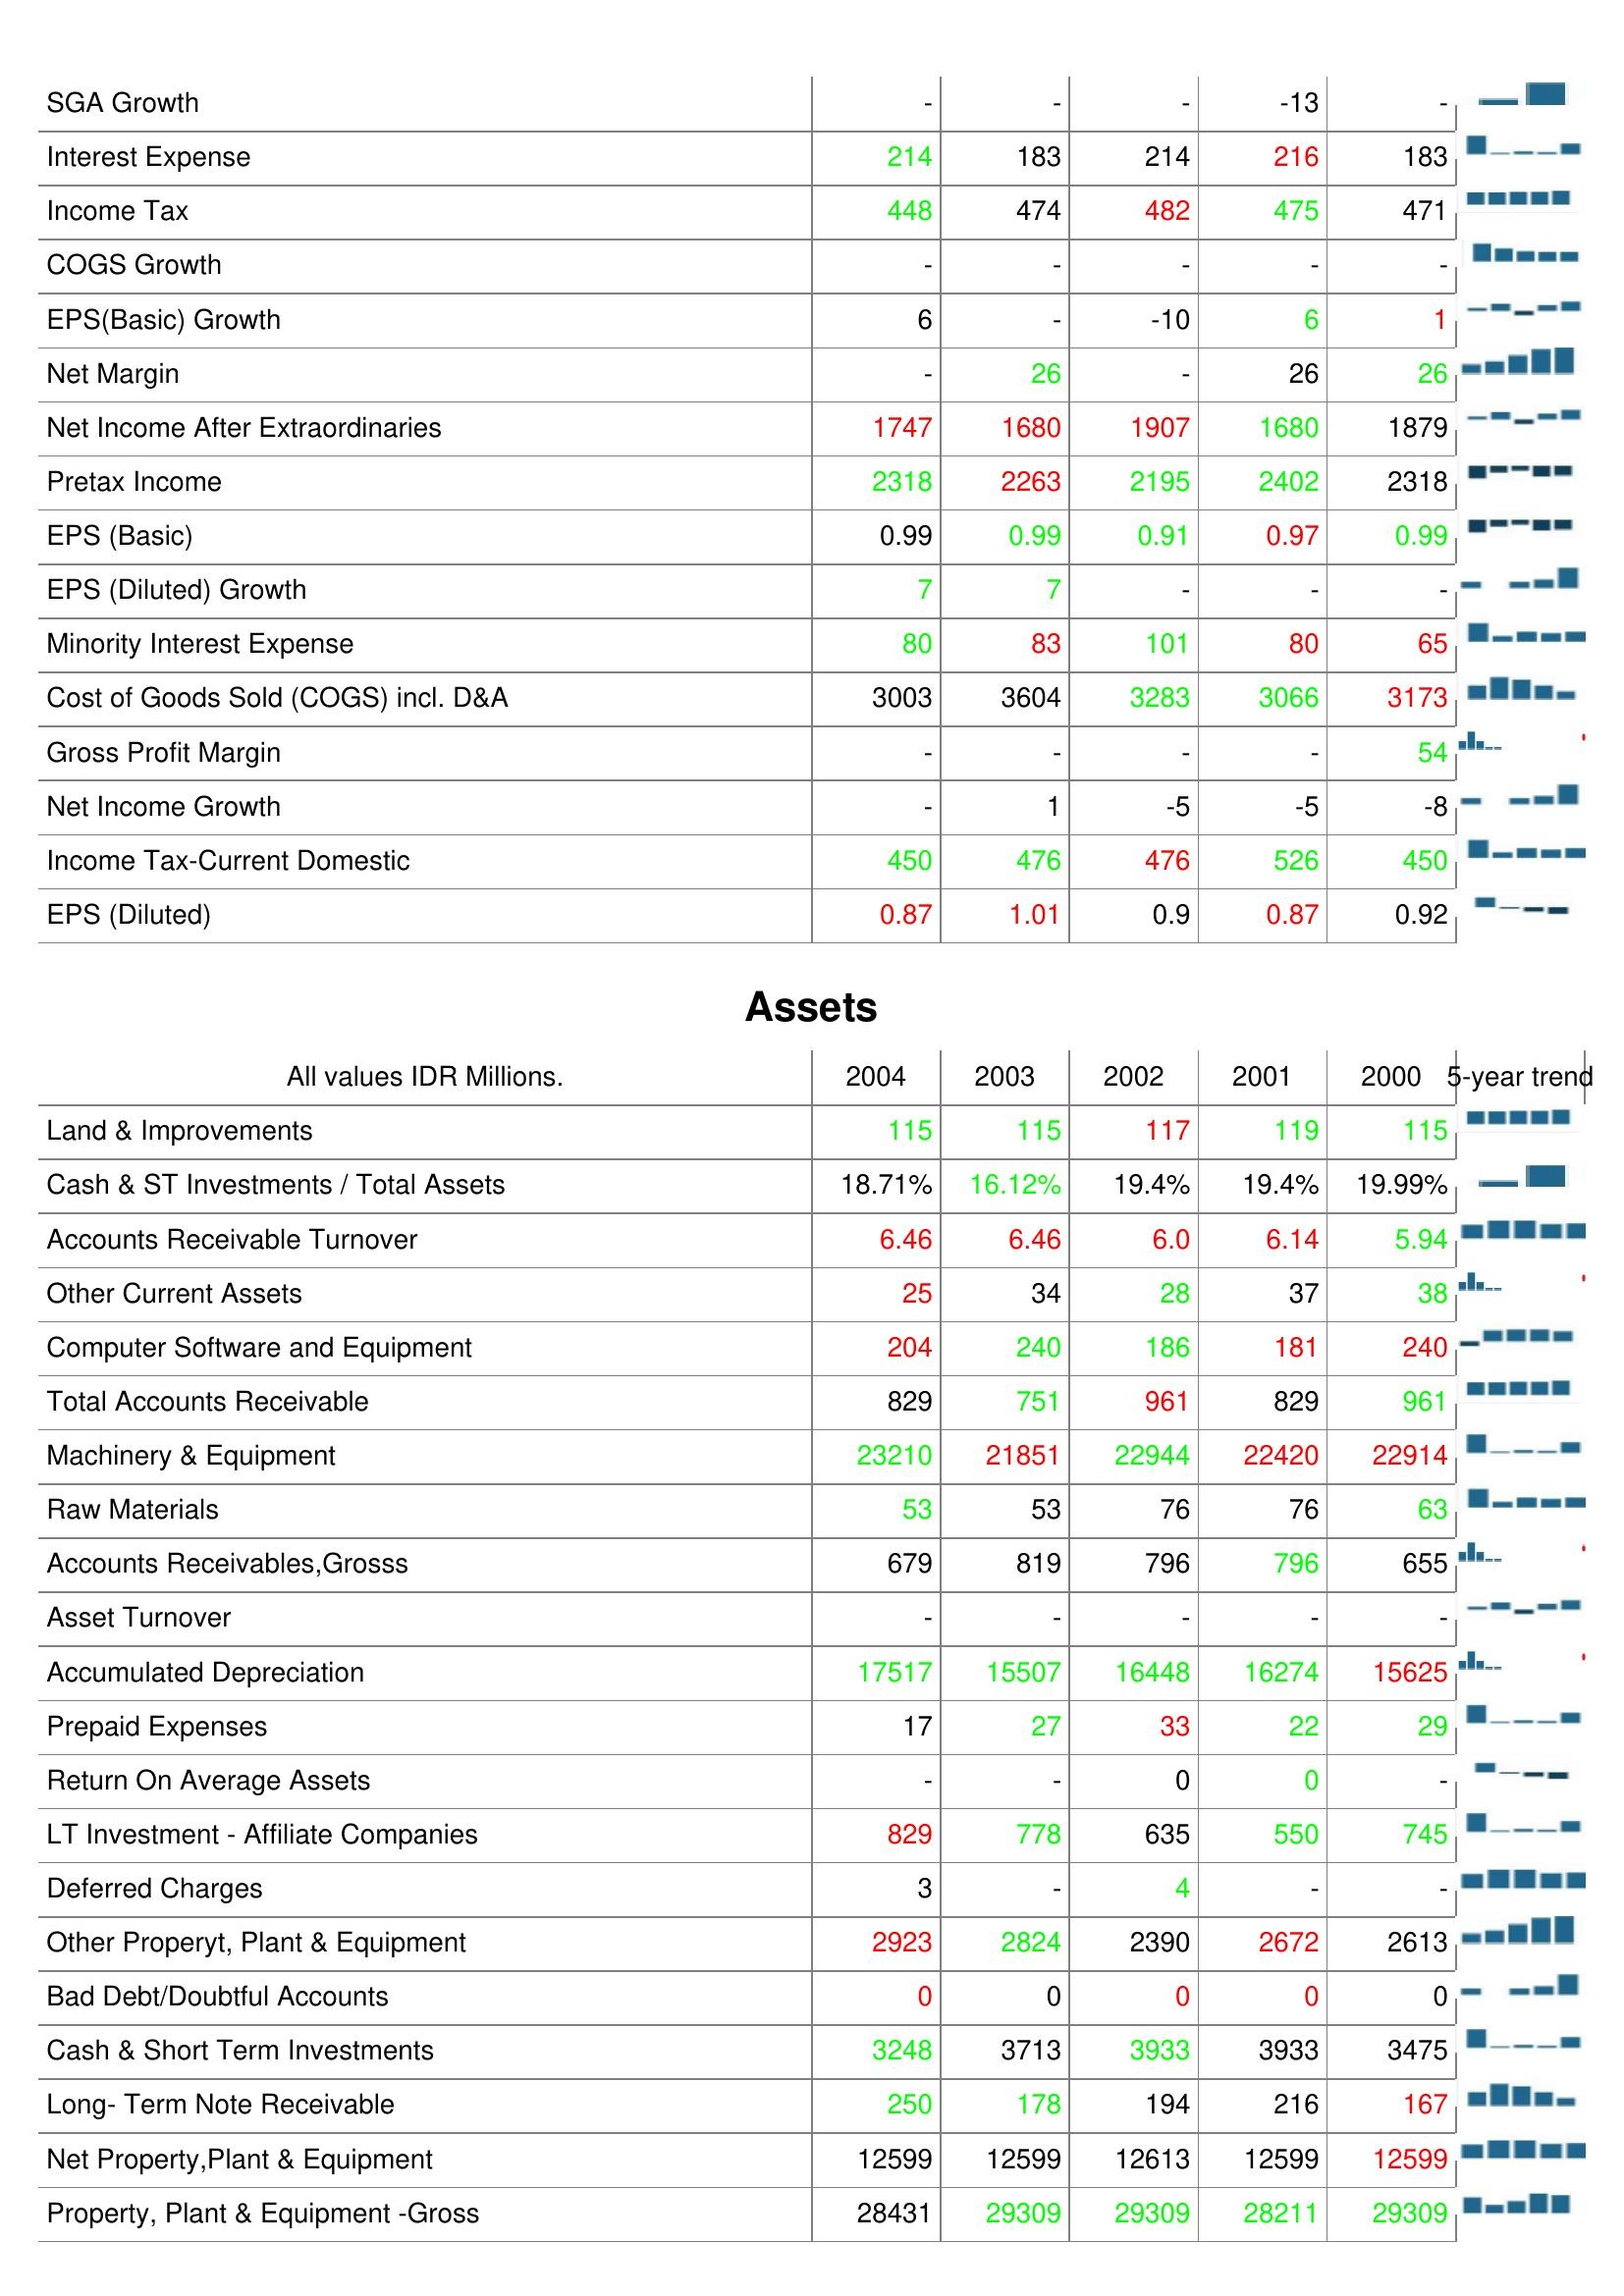
2004: : SGA Growth: -
Interest Expense: 214
Income Tax: 448
COGS Growth: -
EPS(Basic) Growth: 6
Net Margin: -
Net Income After Extraordinaries: 1747
Pretax Income: 2318
EPS (Basic): 0.99
EPS (Diluted) Growth: 7
Minority Interest Expense: 80
Cost of Goods Sold (COGS) incl. D&A: 3003
Gross Profit Margin: -
Net Income Growth: -
Income Tax-Current Domestic: 450
EPS (Diluted): 0.87
Assets: Land & Improvements: 115
Cash & ST Investments / Total Assets: 18.71%
Accounts Receivable Turnover: 6.46
Other Current Assets: 25
Computer Software and Equipment: 204
Total Accounts Receivable: 829
Machinery & Equipment: 23210
Raw Materials: 53
Accounts Receivables,Grosss: 679
Asset Turnover: -
Accumulated Depreciation: 17517
Prepaid Expenses: 17
Return On Average Assets: -
LT Investment - Affiliate Companies: 829
Deferred Charges: 3
Other Properyt, Plant & Equipment: 2923
Bad Debt/Doubtful Accounts: 0
Cash & Short Term Investments: 3248
Long- Term Note Receivable: 250
Net Property,Plant & Equipment: 12599
Property, Plant & Equipment -Gross: 28431
2003: : SGA Growth: -
Interest Expense: 183
Income Tax: 474
COGS Growth: -
EPS(Basic) Growth: -
Net Margin: 26
Net Income After Extraordinaries: 1680
Pretax Income: 2263
EPS (Basic): 0.99
EPS (Diluted) Growth: 7
Minority Interest Expense: 83
Cost of Goods Sold (COGS) incl. D&A: 3604
Gross Profit Margin: -
Net Income Growth: 1
Income Tax-Current Domestic: 476
EPS (Diluted): 1.01
Assets: Land & Improvements: 115
Cash & ST Investments / Total Assets: 16.12%
Accounts Receivable Turnover: 6.46
Other Current Assets: 34
Computer Software and Equipment: 240
Total Accounts Receivable: 751
Machinery & Equipment: 21851
Raw Materials: 53
Accounts Receivables,Grosss: 819
Asset Turnover: -
Accumulated Depreciation: 15507
Prepaid Expenses: 27
Return On Average Assets: -
LT Investment - Affiliate Companies: 778
Deferred Charges: -
Other Properyt, Plant & Equipment: 2824
Bad Debt/Doubtful Accounts: 0
Cash & Short Term Investments: 3713
Long- Term Note Receivable: 178
Net Property,Plant & Equipment: 12599
Property, Plant & Equipment -Gross: 29309
2002: : SGA Growth: -
Interest Expense: 214
Income Tax: 482
COGS Growth: -
EPS(Basic) Growth: -10
Net Margin: -
Net Income After Extraordinaries: 1907
Pretax Income: 2195
EPS (Basic): 0.91
EPS (Diluted) Growth: -
Minority Interest Expense: 101
Cost of Goods Sold (COGS) incl. D&A: 3283
Gross Profit Margin: -
Net Income Growth: -5
Income Tax-Current Domestic: 476
EPS (Diluted): 0.9
Assets: Land & Improvements: 117
Cash & ST Investments / Total Assets: 19.4%
Accounts Receivable Turnover: 6.0
Other Current Assets: 28
Computer Software and Equipment: 186
Total Accounts Receivable: 961
Machinery & Equipment: 22944
Raw Materials: 76
Accounts Receivables,Grosss: 796
Asset Turnover: -
Accumulated Depreciation: 16448
Prepaid Expenses: 33
Return On Average Assets: 0
LT Investment - Affiliate Companies: 635
Deferred Charges: 4
Other Properyt, Plant & Equipment: 2390
Bad Debt/Doubtful Accounts: 0
Cash & Short Term Investments: 3933
Long- Term Note Receivable: 194
Net Property,Plant & Equipment: 12613
Property, Plant & Equipment -Gross: 29309
2001: : SGA Growth: -13
Interest Expense: 216
Income Tax: 475
COGS Growth: -
EPS(Basic) Growth: 6
Net Margin: 26
Net Income After Extraordinaries: 1680
Pretax Income: 2402
EPS (Basic): 0.97
EPS (Diluted) Growth: -
Minority Interest Expense: 80
Cost of Goods Sold (COGS) incl. D&A: 3066
Gross Profit Margin: -
Net Income Growth: -5
Income Tax-Current Domestic: 526
EPS (Diluted): 0.87
Assets: Land & Improvements: 119
Cash & ST Investments / Total Assets: 19.4%
Accounts Receivable Turnover: 6.14
Other Current Assets: 37
Computer Software and Equipment: 181
Total Accounts Receivable: 829
Machinery & Equipment: 22420
Raw Materials: 76
Accounts Receivables,Grosss: 796
Asset Turnover: -
Accumulated Depreciation: 16274
Prepaid Expenses: 22
Return On Average Assets: 0
LT Investment - Affiliate Companies: 550
Deferred Charges: -
Other Properyt, Plant & Equipment: 2672
Bad Debt/Doubtful Accounts: 0
Cash & Short Term Investments: 3933
Long- Term Note Receivable: 216
Net Property,Plant & Equipment: 12599
Property, Plant & Equipment -Gross: 28211
2000: : SGA Growth: -
Interest Expense: 183
Income Tax: 471
COGS Growth: -
EPS(Basic) Growth: 1
Net Margin: 26
Net Income After Extraordinaries: 1879
Pretax Income: 2318
EPS (Basic): 0.99
EPS (Diluted) Growth: -
Minority Interest Expense: 65
Cost of Goods Sold (COGS) incl. D&A: 3173
Gross Profit Margin: 54
Net Income Growth: -8
Income Tax-Current Domestic: 450
EPS (Diluted): 0.92
Assets: Land & Improvements: 115
Cash & ST Investments / Total Assets: 19.99%
Accounts Receivable Turnover: 5.94
Other Current Assets: 38
Computer Software and Equipment: 240
Total Accounts Receivable: 961
Machinery & Equipment: 22914
Raw Materials: 63
Accounts Receivables,Grosss: 655
Asset Turnover: -
Accumulated Depreciation: 15625
Prepaid Expenses: 29
Return On Average Assets: -
LT Investment - Affiliate Companies: 745
Deferred Charges: -
Other Properyt, Plant & Equipment: 2613
Bad Debt/Doubtful Accounts: 0
Cash & Short Term Investments: 3475
Long- Term Note Receivable: 167
Net Property,Plant & Equipment: 12599
Property, Plant & Equipment -Gross: 29309